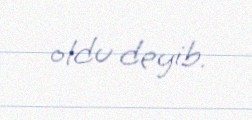
oldu deyib.